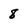
Character: 8